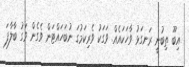
އިބޫ ތިބުނީ ރަނގަޅު ވާހަކައެއް. ވަގަކު ވެރިކަމުގަ ނުބަހައްޓަން ވެގެން ވަގު ބާލާފަ